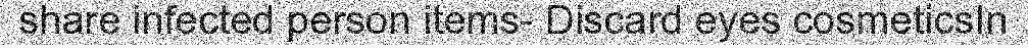
share infected person items- Discard eyes cosmeticsIn